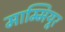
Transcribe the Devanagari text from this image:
माम्मियूर